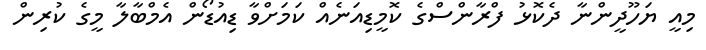
މިއީ ޔަހޫދީންނާ ދެކޮޅު ފްރާންސްގެ ކޮމީޑިއަނެއް ކަމަށްވާ ޑިއުޑޯން އެމްބާލާ މީގެ ކުރިން